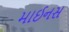
માઈનસ